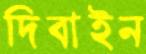
দিবাইন